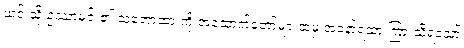
ယင်းသို့ ဥဿာမင်း၏ သဘောထားကို အထောက်တော်များထံမှ အနော်ရထာ ကြားသိရသော်